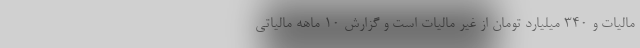
مالیات و ۳۴۰ میلیارد تومان از غیر مالیات است و گزارش ۱۰ ماهه مالیاتی